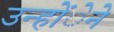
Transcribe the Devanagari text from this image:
उन्होंेने